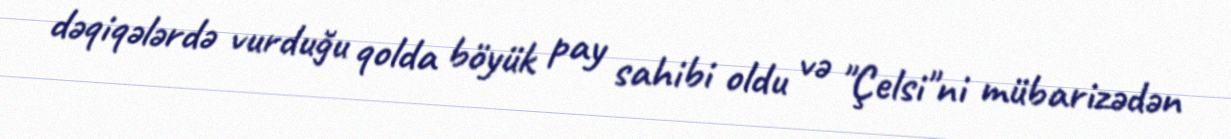
dəqiqələrdə vurduğu qolda böyük pay sahibi oldu və "Çelsi"ni mübarizədən